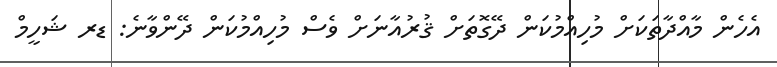
އެހެން މާއްދާތަކަށް މުހިއްމުކަން ދޭގޮތަށް ޤުރުއާނަށް ވެސް މުހިއްމުކަން ދޭންވާނެ: ޑރ ޝަހީމް